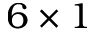
6 \times 1